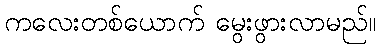
ကလေးတစ်ယောက် မွေးဖွားလာမည်။